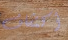
أكتشاف